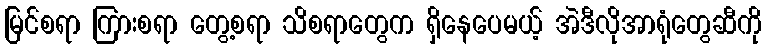
မြင်စရာ ကြားစရာ တွေ့စရာ သိစရာတွေက ရှိနေပေမယ့် အဲဒီလိုအာရုံတွေဆီကို